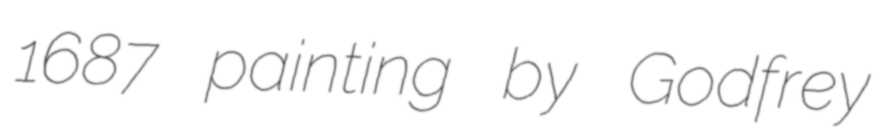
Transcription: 1687 painting by Godfrey